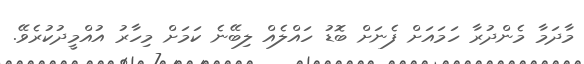
މާދަމާ މެންދުރާ ހަމައަށް ފެނަށް ބޮޑު ހައްލެއް ލިބޭނެ ކަމަށް މިހާރު އުއްމީދުކުރެވޭ.